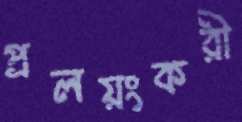
প্রলয়ংকরী